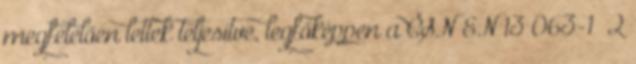
megfelelően lettek teljesítve, legfőképpen a ČSN EN 13 063-1 2